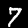
Digit: 7